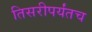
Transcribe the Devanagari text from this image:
तिसरीपर्यंतच